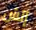
إتش